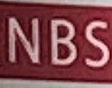
NBS